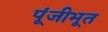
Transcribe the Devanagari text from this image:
पूंजीभूत